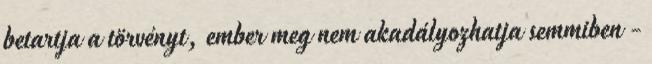
betartja a törvényt, ember meg nem akadályozhatja semmiben -